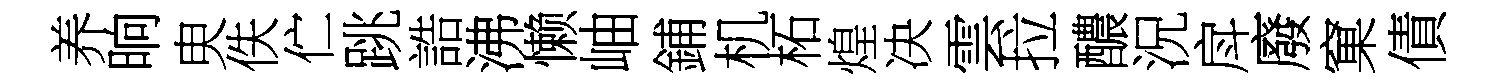
养晌㬰佚伫跳誥沸懒岫鋪机柘煌决雲拉醲況戽廢窠債